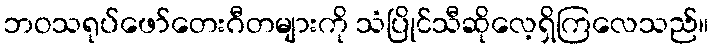
ဘဝသရုပ်ဖော်တေးဂီတများကို သံပြိုင်သီဆိုလေ့ရှိကြလေသည်။